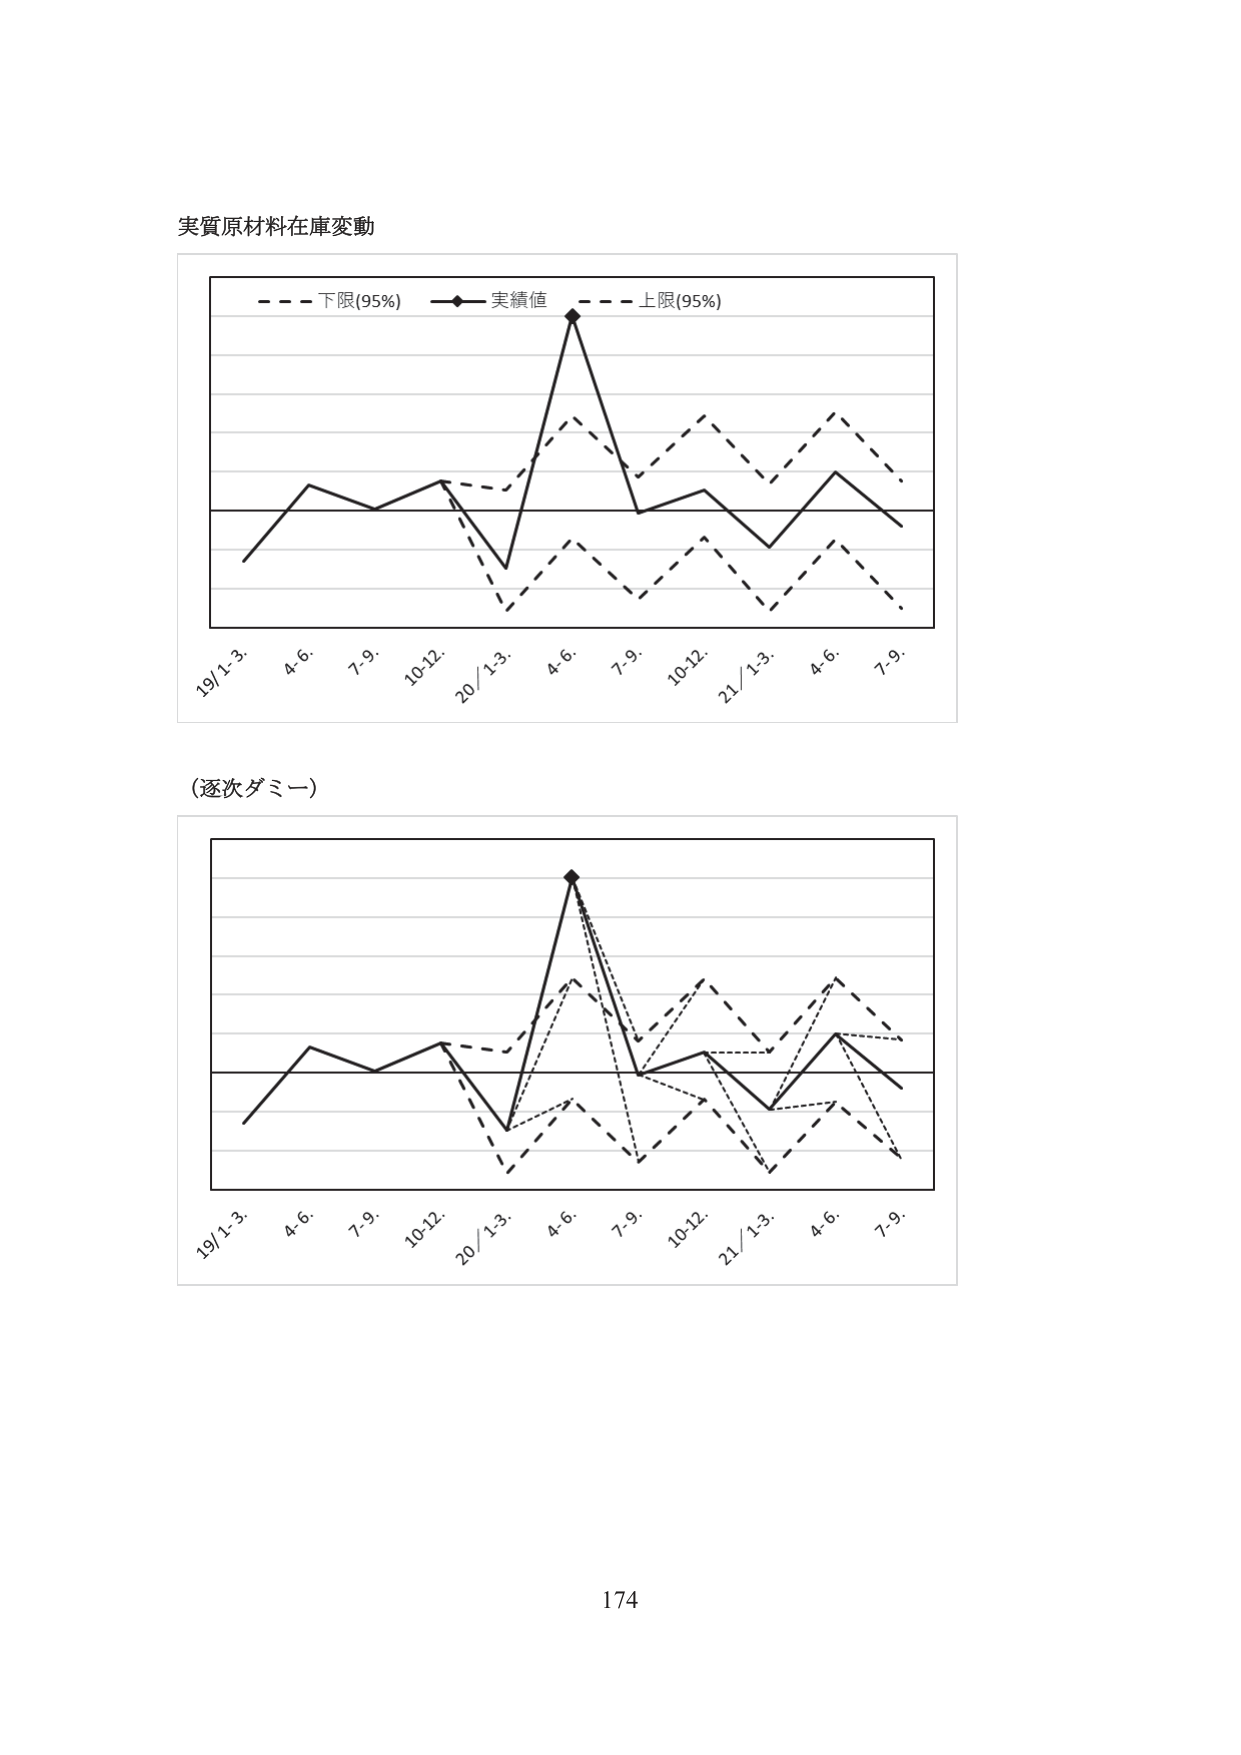
実質原材料在庫変動

- - - 下限(95%) —◆— 実績値 - - - 上限(95%)

19/1-3. 4-6. 7-9. 10-12. 20/1-3. 4-6. 7-9. 10-12. 21/1-3. 4-6. 7-9.

(逐次ダミー)

19/1-3. 4-6. 7-9. 10-12. 20/1-3. 4-6. 7-9. 10-12. 21/1-3. 4-6. 7-9.

174